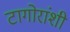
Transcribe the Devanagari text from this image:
टागोरांशी